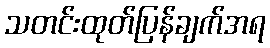
သတင်းထုတ်ပြန်ချက်အရ